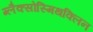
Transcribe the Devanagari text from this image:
ग्लैक्सोस्मिथक्लिन